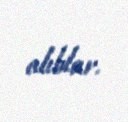
alıblar.